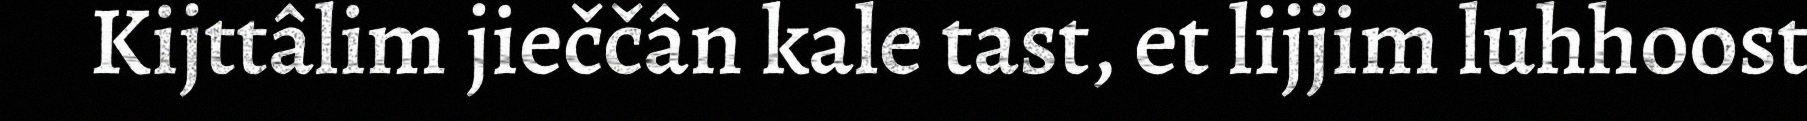
Kijttâlim jieččân kale tast, et lijjim luhhoost